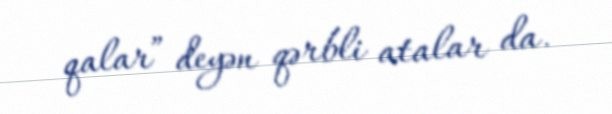
qalar” deyən qərbli atalar da.